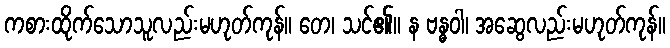
ကစားထိုက်သောသူလည်းမဟုတ်ကုန်။ တေ၊ သင်၏။ န ဗန္ဓဝါ၊ အဆွေလည်းမဟုတ်ကုန်။